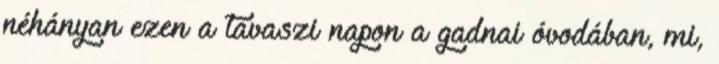
néhányan ezen a tavaszi napon a gadnai óvodában, mi,